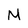
Character: M